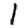
Digit: 1